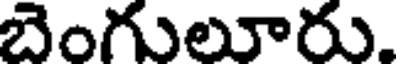
బెంగులూరు.